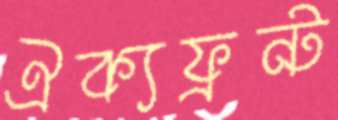
ঐক্যফ্রন্ট